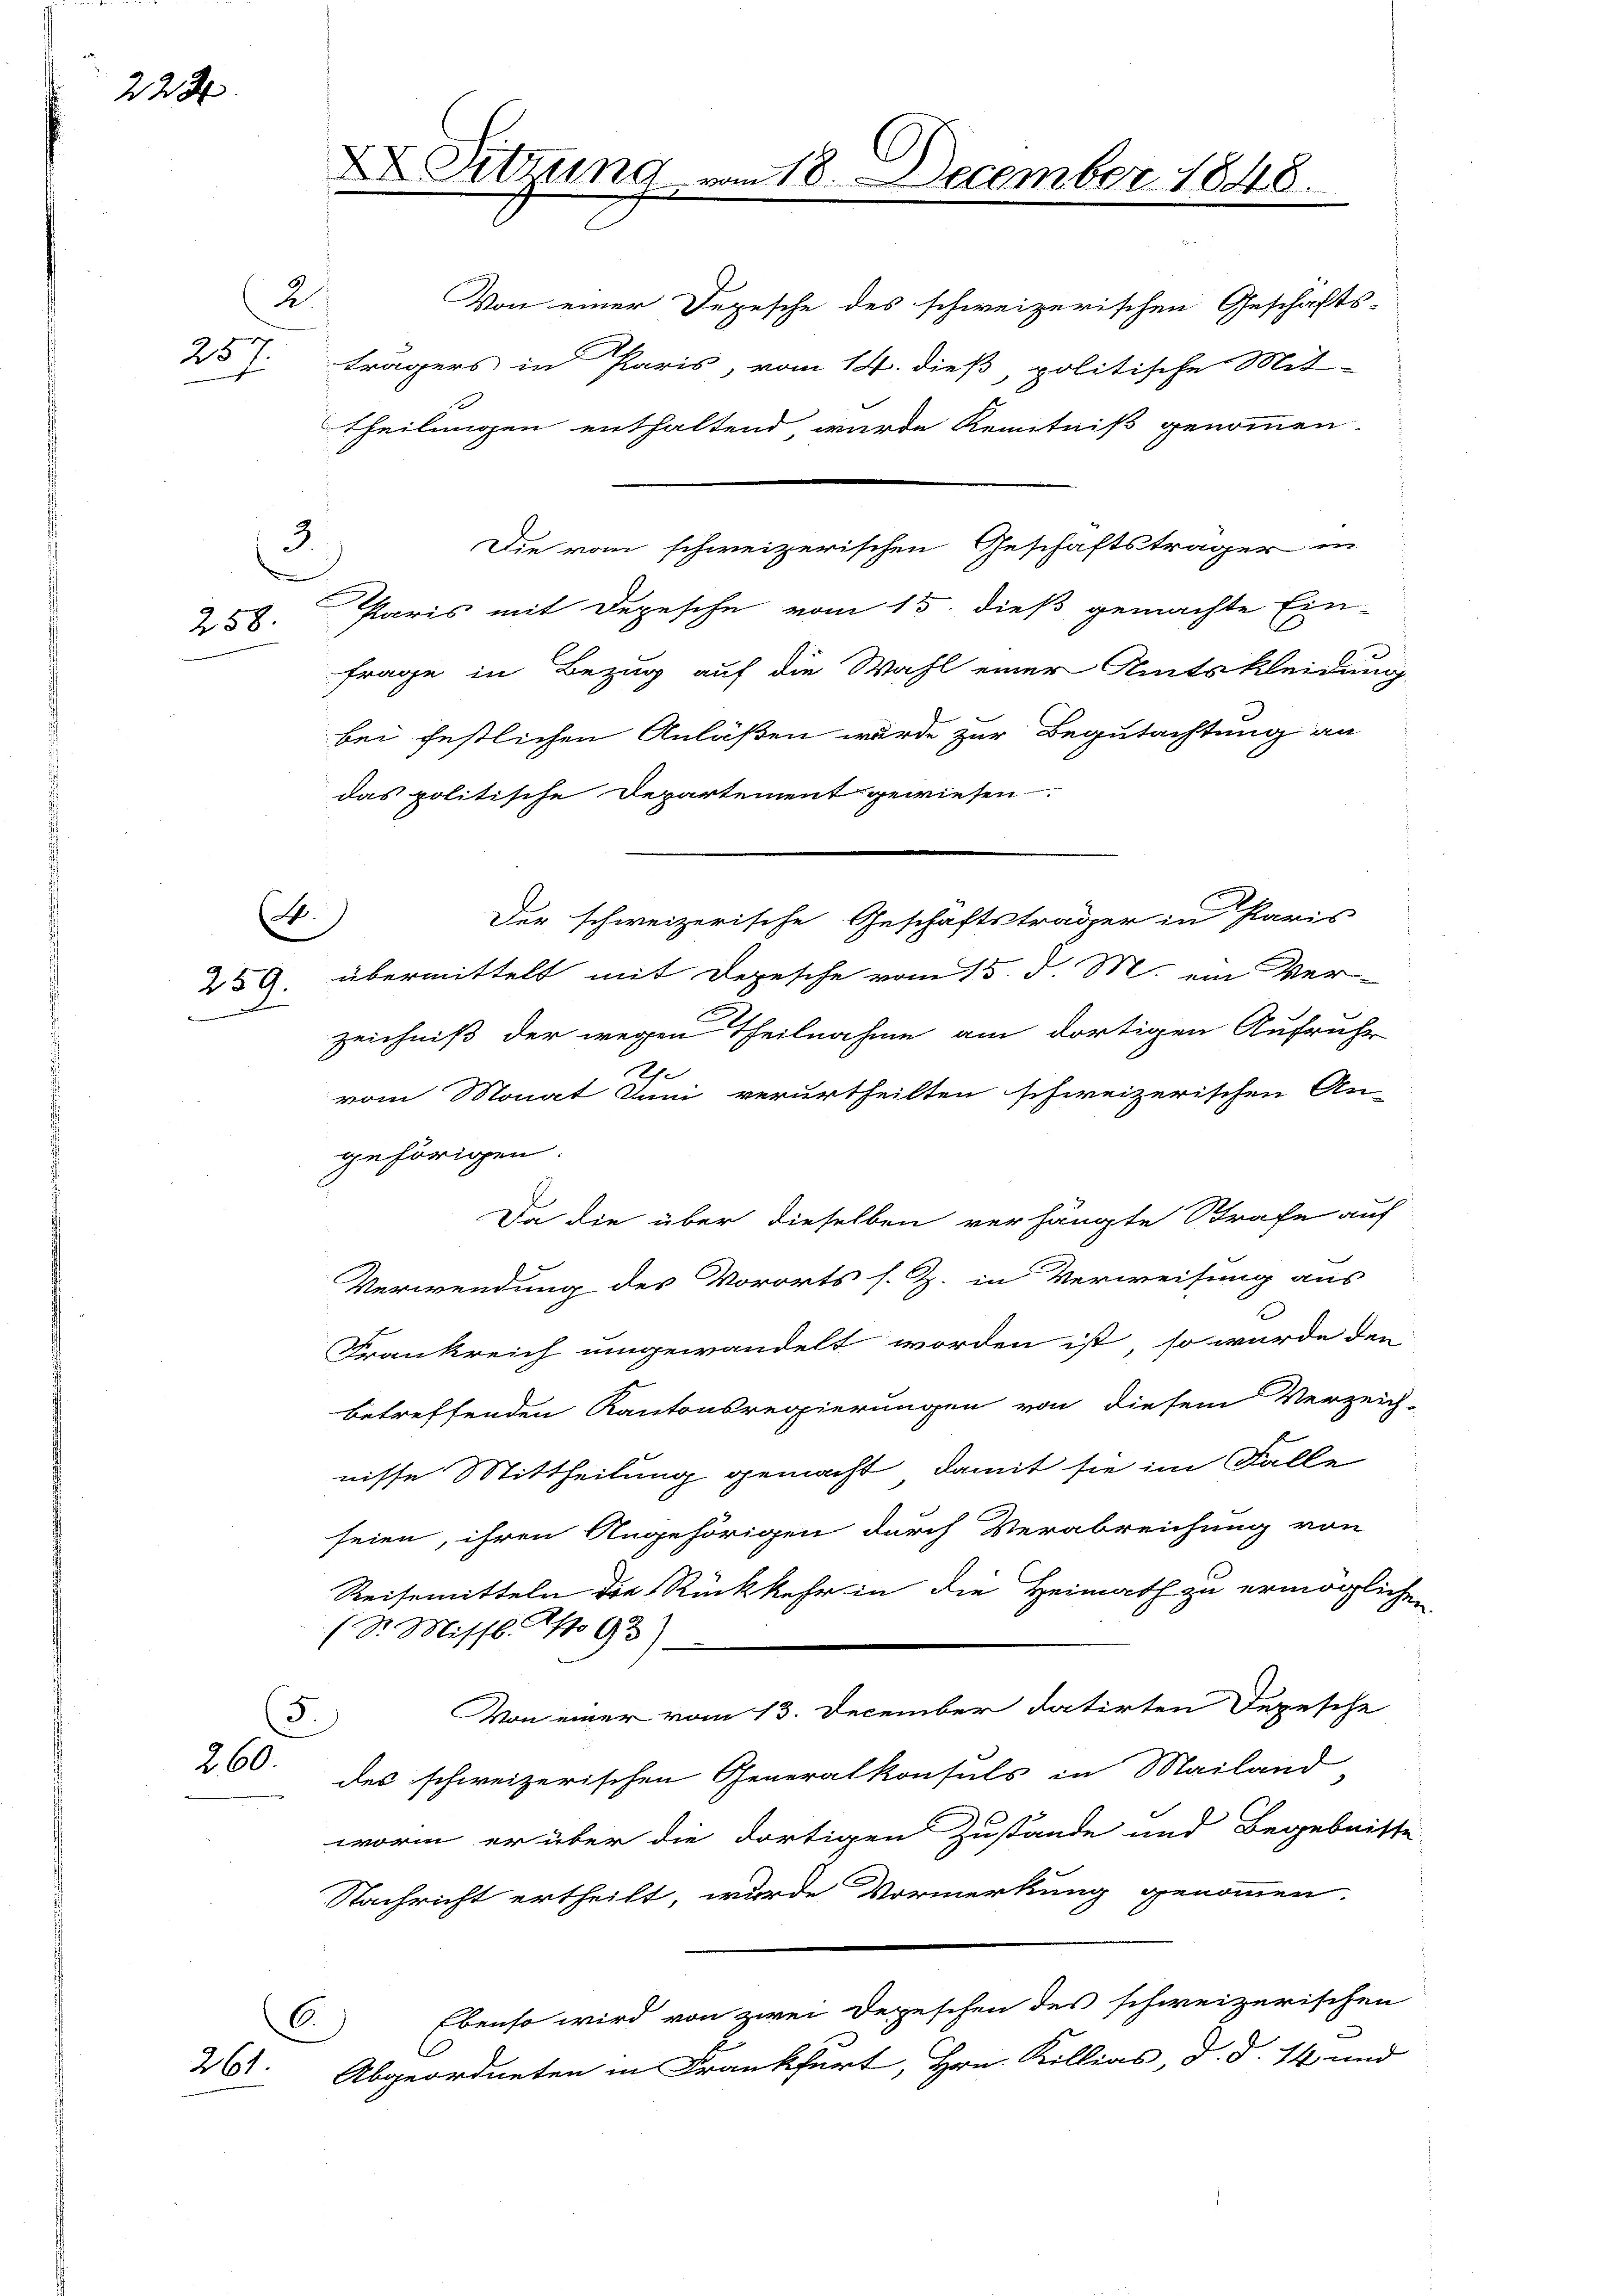
223.

2.
257.

3.
258.

n

B.
e
259.

260.

261

theilungen enthaltend, wurde Kenntniß genommen.
Paris mit Depesche vom 15. dieß gemachte Ein-
Frage in Bezug auf die Wahl einer Amtskleidung
bei festlichen Anläßen wurde zur Begutachtung an
das politische Departement gewiesen
übermittelt mit Depesche vom 15. d. M. ein Ver-
zeichniß der wegen Theilnahme am dortigen Aufruhr
.
vom Monat Juni verurtheilten schweizerischen An-
gehörigen.
Da die über dieselben verhängte Strafe auf
Verwendung des Vororts s. Z. in Verweisung aus
Frankreich umgewandelt worden ist, so würde den
betreffenden Kantonsregierungen von diesem Verzeich-
nisse Mittheilung gemacht, damit sie im Falle
seien, ihren Angehörigen durch Verabreichung von
Reisemitteln die Rückkehr in die Heimath zu ermöglich.
(Sr. Missl. No 93)
Von einer vom 13. December datirten Depesche
3.
des schweizerischen Generalkonsuls in Mailand
worin er über die dortigen Zustände und Begebniste
Nachricht ertheilt, wurde Vormerkung genommen,

6

Von einer Depesche des schweizerischen Geschäfts-
trägers in Paris, vom 14. dieß, politische Mit-

D Sitzung vom 18. December 1848.

Der schweizerische Geschäftsträger in Paris

Die vom schweizerischen Geschäftsträger in

Ebenso wird von zwei Depeschen des schweizerischen

Abgeordneten in Frankfurt, Hrn. Billias, d. d. 14 und